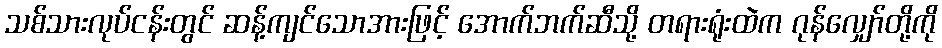
သစ်သားလုပ်ငန်းတွင် ဆန့်ကျင်သောအားဖြင့် အောက်ဘက်ဆီသို့ တရားရုံးထဲက ဂုန်လျှော်တို့ကို